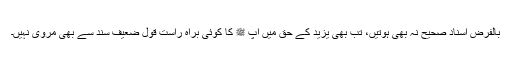
بالفرض اسناد صحیح نہ بھی ہوتیں، تب بھی یزید کے حق میں آپ ﷺ کا کوئی براہ راست قول ضعیف سند سے بھی مروی نہیں۔